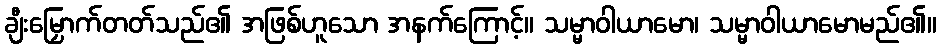
ချီးမြှောက်တတ်သည်၏ အဖြစ်ဟူသော အနက်ကြောင့်။ သမ္မာဝါယာမော၊ သမ္မာဝါယာမောမည်၏။